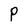
Character: P